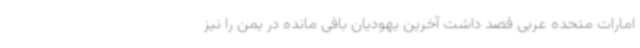
امارات متحده عربی قصد داشت آخرین یهودیان باقی مانده در یمن را نیز